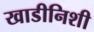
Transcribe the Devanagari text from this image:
खाडीनिशी